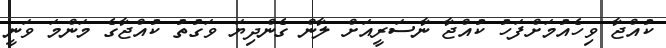
ކުއްޖާ ވިހެއުމަށްފަހު ކުއްޖާ ނާސަރީއަށް ލާން ގެންދިޔަ ވަގުތު ކުއްޖާގެ މަންމަ ވަނީ